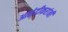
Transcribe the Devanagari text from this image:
आळंदीकरांनी